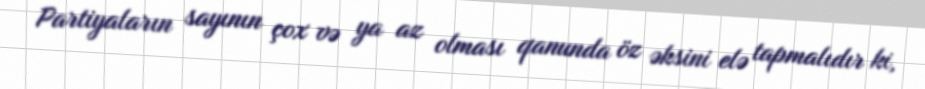
Partiyaların sayının çox və ya az olması qanunda öz əksini elə tapmalıdır ki,